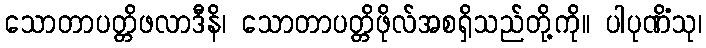
သောတာပတ္တိဖလာဒီနိ၊ သောတာပတ္တိဖိုလ်အစရှိသည်တို့ကို။ ပါပုဏိံသု၊